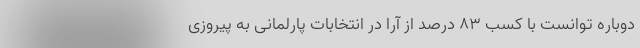
دوباره توانست با کسب ۸۳ درصد از آرا در انتخابات پارلمانی به پیروزی